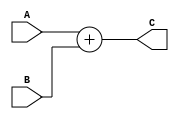
/*
* Module: Adder
* Description: adds two 32-bit data inputs and produces the 32-bit output.
*/
/*
* This is a simple combination block. It is an adder block that adds two 32-bit data inputs 
* to each other (A and B) and produces the output to the 32-bit port C.

*/
module adder(
/************************ Input Ports ************************/
input wire [31:0] A,B,

/************************ Output Ports ************************/
output reg [31:0] C

);

/************************ Code Start ************************/
always @ (*)begin
C = A + B; //simple addition of two numbers
end
endmodule